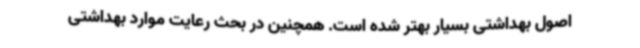
اصول بهداشتی بسیار بهتر شده‌ است. همچنین در بحث رعایت موارد بهداشتی